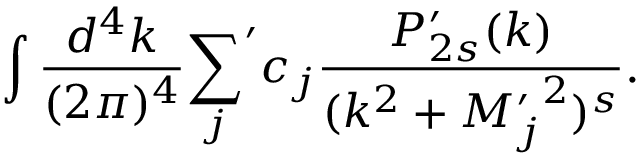
\int { \frac { d ^ { 4 } k } { ( 2 \pi ) ^ { 4 } } } { \sum _ { j } } ^ { \prime } c _ { j } { \frac { P _ { 2 s } ^ { \prime } ( k ) } { ( k ^ { 2 } + { M _ { j } ^ { \prime } } ^ { 2 } ) ^ { s } } } .